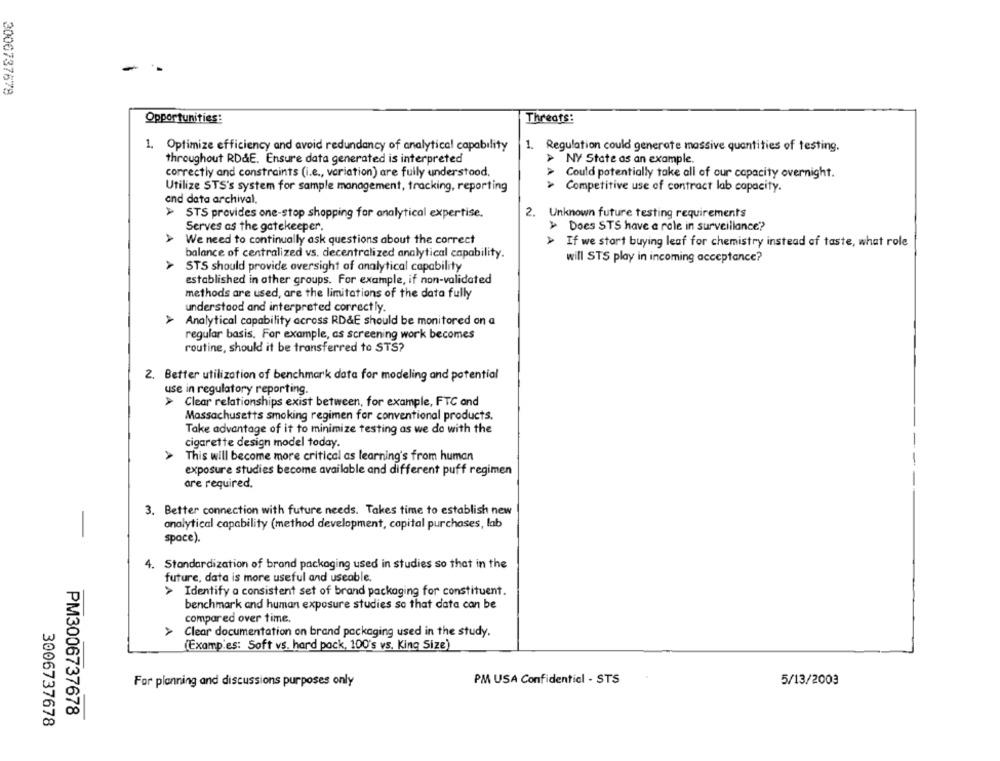
-
2006737678
Opportunities:
Threats:
1. Optimize efficiency and avoid redundancy of analytical capability
1. Regulation could generate massive quantities of testing.
throughout RD&E. Ensure data generated is interpreted
> NY State as an example.
correctly and constraints (i.e ., variation) are fully understood.
Could potentially take all of our capacity overnight.
Utilize STS's system for sample management, tracking, reporting
> Competitive use of contract lab capacity.
and data archival.
STS provides one-stop shopping for analytical expertise.
2. Unknown future testing requirements
Serves as the gatekeeper.
> Does STS have a role in surveillance?
We need to continually ask questions about the correct
> If we start buying leaf for chemistry instead of taste, what role
balance of centralized vs. decentralized analytical capability.
will STS play in incoming acceptance?
A
STS should provide oversight of analytical capability
established in other groups. For example, if non-validated
methods are used, are the limitations of the data fully
understood and interpreted correctly.
Analytical capability across RD&E should be monitored on a
regular basis. For example, as screening work becomes
routine, should it be transferred to STS?
2. Better utilization of benchmark data for modeling and potential
use in regulatory reporting.
Clear relationships exist between, for example, FTC and
Massachusetts smoking regimen for conventional products.
Take advantage of it to minimize testing as we do with the
cigarette design model today.
This will become more critical as learning's from human
exposure studies become available and different puff regimen
are required.
3. Better connection with future needs. Takes time to establish new
analytical capability (method development, capital purchases, lab
space).
4. Standardization of brand packaging used in studies so that in the
future, data is more useful and useable.
> Identify a consistent set of brand packaging for constituent.
benchmark and human exposure studies so that data can be
compared over time.
> Clear documentation on brand packaging used in the study.
(Examp'es: Soft vs. hard pack, 100's vs. King Size)
For planning and discussions purposes only
PM USA Confidentiel - STS
5/13/2003
PM3006737678
3006737678